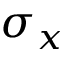
\sigma _ { x }